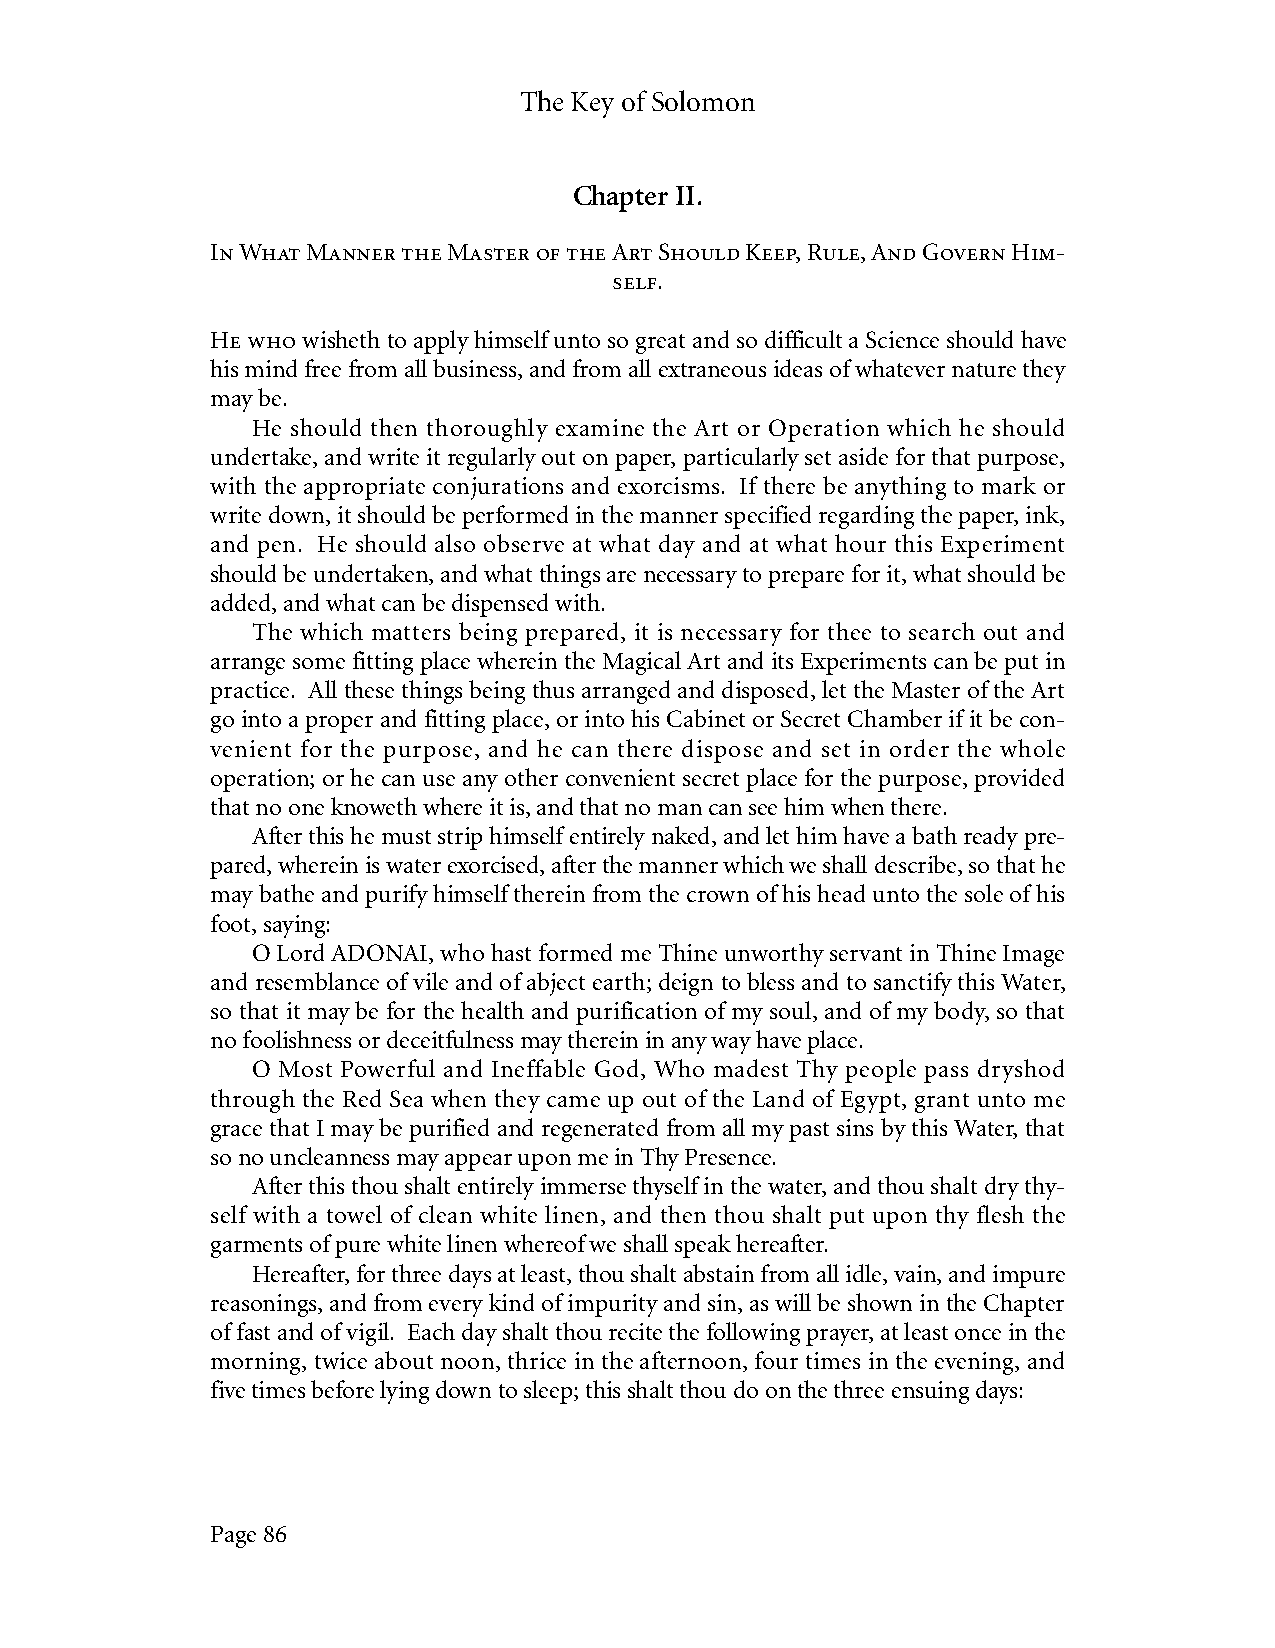
The Key of Solomon
 Chapter II.
 In What Manner the Master of the Art Should Keep, Rule, And Govern Him-
 self.
 He who wisheth to apply himself unto so great and so difficult a Science should have
 his mind free from all business, and from all extraneous ideas of whatever nature they
 may be.
 He should then thoroughly examine the Art or Operation which he should
 undertake, and write it regularly out on paper, particularly set aside for that purpose,
 with the appropriate conjurations and exorcisms. If there be anything to mark or
 write down, it should be performed in the manner specified regarding the paper, ink,
 and pen. He should also observe at what day and at what hour this Experiment
 should be undertaken, and what things are necessary to prepare for it, what should be
 added, and what can be dispensed with.
 The which matters being prepared, it is necessary for thee to search out and
 arrange some fitting place wherein the Magical Art and its Experiments can be put in
 practice. All these things being thus arranged and disposed, let the Master of the Art
 go into a proper and fitting place, or into his Cabinet or Secret Chamber if it be con-
 venient for the purpose, and he can there dispose and set in order the whole
 operation; or he can use any other convenient secret place for the purpose, provided
 that no one knoweth where it is, and that no man can see him when there.
 After this he must strip himself entirely naked, and let him have a bath ready pre-
 pared, wherein is water exorcised, after the manner which we shall describe, so that he
 may bathe and purify himself therein from the crown of his head unto the sole of his
 foot, saying:
 O Lord ADONAI, who hast formed me Thine unworthy servant in Thine Image
 and resemblance of vile and of abject earth; deign to bless and to sanctify this Water,
 so that it may be for the health and purification of my soul, and of my body, so that
 no foolishness or deceitfulness may therein in any way have place.
 O Most Powerful and Ineffable God, Who madest Thy people pass dryshod
 through the Red Sea when they came up out of the Land of Egypt, grant unto me
 grace that I may be purified and regenerated from all my past sins by this Water, that
 so no uncleanness may appear upon me in Thy Presence.
 After this thou shalt entirely immerse thyself in the water, and thou shalt dry thy-
 self with a towel of clean white linen, and then thou shalt put upon thy flesh the
 garments of pure white linen whereof we shall speak hereafter.
 Hereafter, for three days at least, thou shalt abstain from all idle, vain, and impure
 reasonings, and from every kind of impurity and sin, as will be shown in the Chapter
 of fast and of vigil. Each day shalt thou recite the following prayer, at least once in the
 morning, twice about noon, thrice in the afternoon, four times in the evening, and
 five times before lying down to sleep; this shalt thou do on the three ensuing days:
 Page 86